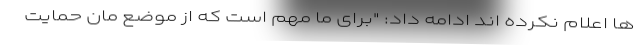
ها اعلام نکرده اند ادامه داد: "برای ما مهم است که از موضع مان حمایت